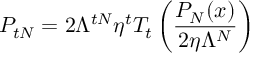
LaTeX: P _ { t N } = 2 \Lambda ^ { t N } \eta ^ { t } T _ { t } \left( \frac { P _ { N } ( x ) } { 2 \eta \Lambda ^ { N } } \right)